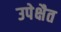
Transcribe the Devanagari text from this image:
उपेक्षैत